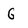
Character: G